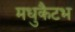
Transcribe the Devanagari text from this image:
मधुकैटभ